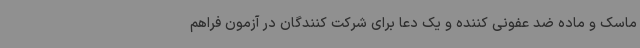
ماسک و ماده ضد عفونی کننده و یک دعا برای شرکت کنندگان در آزمون فراهم